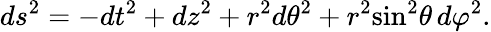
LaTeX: ds^{2}=-dt^{2}+dz^{2}+r^{2}d{\theta}^{2}+r^{2}{\sin}^{2}\theta\, d{\varphi}^{2}.